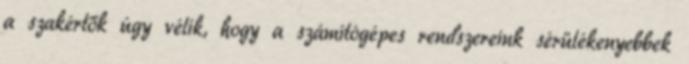
a szakértők úgy vélik, hogy a számítógépes rendszereink sérülékenyebbek